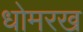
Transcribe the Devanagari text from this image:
धोमरख